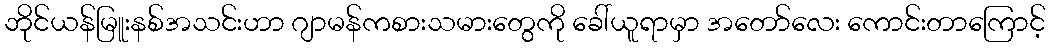
ဘိုင်ယန်မြူးနစ်အသင်းဟာ ဂျာမန်ကစားသမားတွေကို ခေါ်ယူရာမှာ အတော်လေး ကောင်းတာကြောင့်